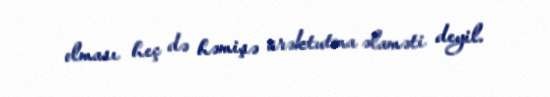
olması heç də həmişə ürəktutma əlaməti deyil.